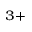
^ { 3 + }